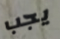
يجب